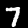
Digit: 7